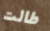
طالت